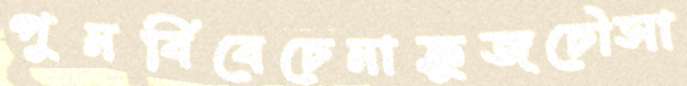
পুনর্বিবেচেনাক্রুজচৌসা